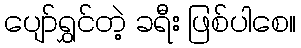
ပျော်ရွှင်တဲ့ ခရီး ဖြစ်ပါစေ။